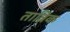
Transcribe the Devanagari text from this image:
तात्रिक